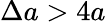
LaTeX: \Delta a>4a